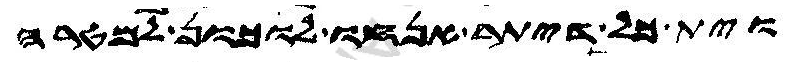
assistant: וית כל דיתר אנחו לוכון למטרה